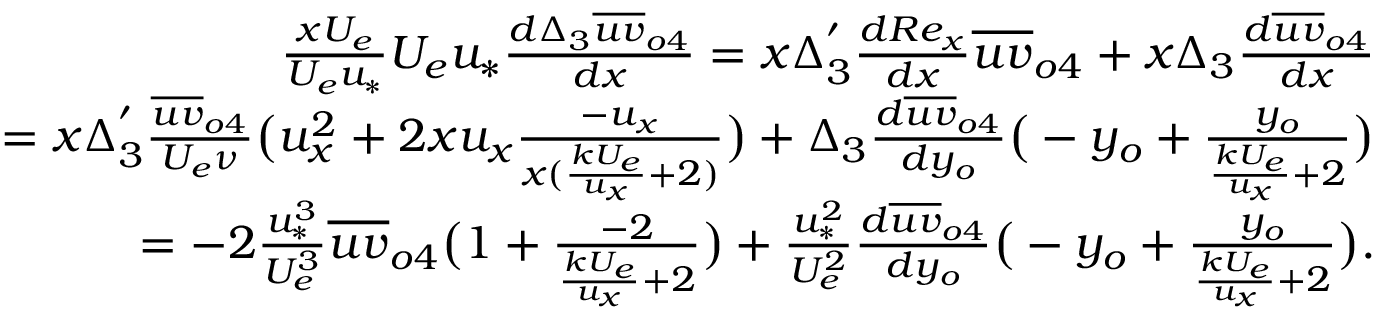
\begin{array} { r } { \frac { x U _ { e } } { U _ { e } u _ { * } } U _ { e } u _ { * } \frac { d \Delta _ { 3 } \overline { { u v } } _ { o 4 } } { d x } = x \Delta _ { 3 } ^ { ' } \frac { d R e _ { x } } { d x } \overline { { u v } } _ { o 4 } + x \Delta _ { 3 } \frac { d \overline { { u v } } _ { o 4 } } { d x } } \\ { = x \Delta _ { 3 } ^ { ' } \frac { \overline { { u v } } _ { o 4 } } { U _ { e } \nu } \big ( u _ { x } ^ { 2 } + 2 x u _ { x } \frac { - u _ { x } } { x ( \frac { k U _ { e } } { u _ { x } } + 2 ) } \big ) + \Delta _ { 3 } \frac { d \overline { { u v } } _ { o 4 } } { d y _ { o } } \big ( - y _ { o } + \frac { y _ { o } } { \frac { k U _ { e } } { u _ { x } } + 2 } \big ) } \\ { = - 2 \frac { u _ { * } ^ { 3 } } { U _ { e } ^ { 3 } } \overline { { u v } } _ { o 4 } \big ( 1 + \frac { - 2 } { \frac { k U _ { e } } { u _ { x } } + 2 } \big ) + \frac { u _ { * } ^ { 2 } } { U _ { e } ^ { 2 } } \frac { d \overline { { u v } } _ { o 4 } } { d y _ { o } } \big ( - y _ { o } + \frac { y _ { o } } { \frac { k U _ { e } } { u _ { x } } + 2 } \big ) . } \end{array}